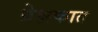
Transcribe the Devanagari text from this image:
प्रेक्षकात